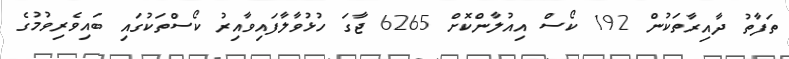
ތަފާތު ދާއިރާތަކުން 192 ކޯސް އިއުލާންކޮށް 6265 ޖާގަ ހުޅުވާލާފައިވާއިރު ކޯސްތަކުގައި ބައިވެރިވުމުގެ